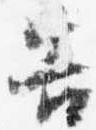
告